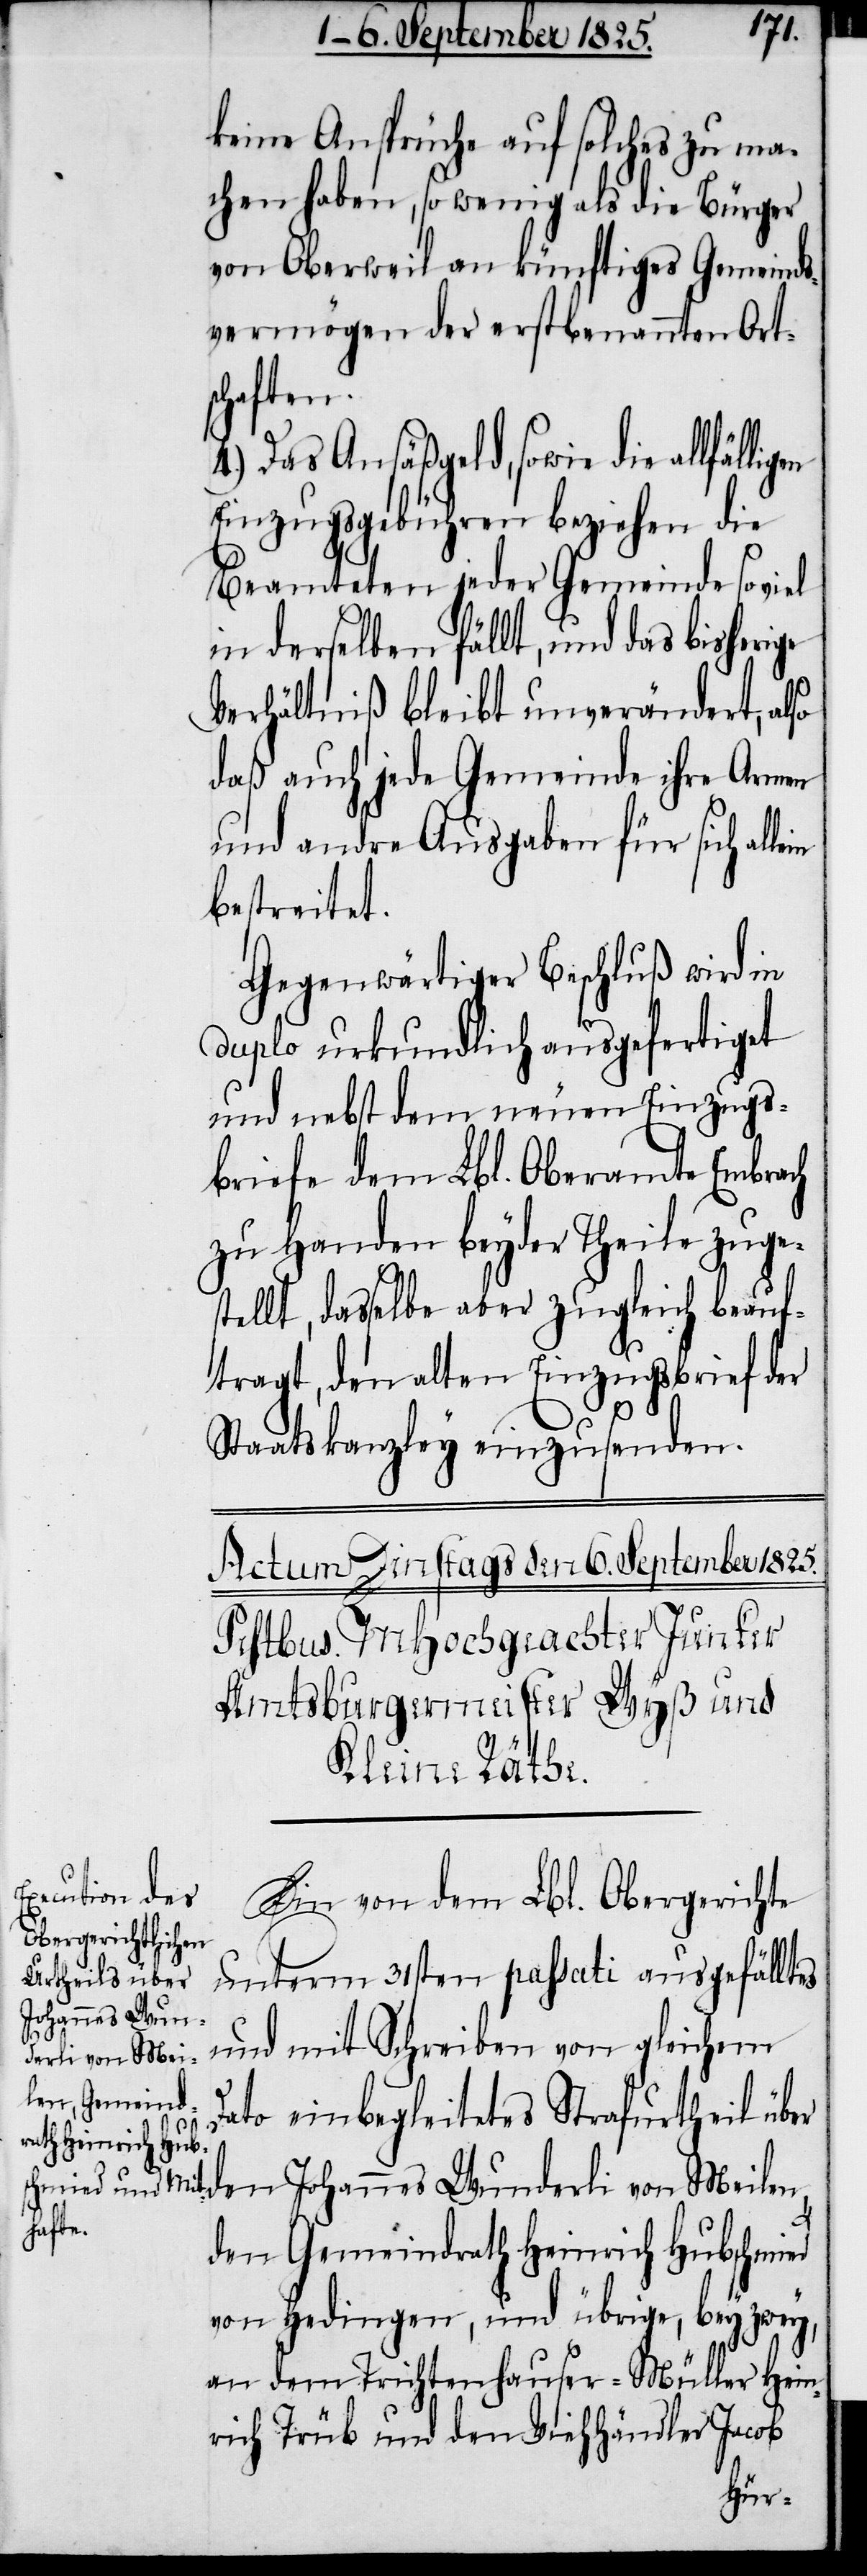
keine Ansprüche auf solches zu ma¬
chen haben, so wenig als die Bürger
von Oberweil an künftiges Gemeinds¬
vermögen der erstbenannten Ort¬
lligen
4.) Das Ansäßgeld, sowie die allfä¬
Einzugsgebühren beziehen die
Beamteten jeder Gemeinde so viel
in derselben fällt, und das bisherige
Verhältniß bleibt unverändert, also
daß auch jede Gemeinde ihre Armen
und andre Ausgaben für sich
bestreitet.
Gegenwärtiger Beschluß wird in
duplo urkundlich ausgefertiget
und nebst dem neuen Einzugs¬
briefe dem Lbl. Oberamte Embrach
zu Handen beyder Theile zuge¬
stellt, dasselbe aber zugleich beauf¬
tragt, den alten Einzugsbrief der
Staatskanzley einzusenden.
Ein von dem Lbl. Obergerichte
unterm 31sten passati ausgefälltes
und mit Schreiben von gleichem
Dato einbegleitetes Strafurtheil über
den Johannes Wunderli von Meilen,
den Gemeindrath Heinrich Hubschmied
von Hedingen, und übrige, bey zwey,
an dem Trichtenhauser-Müller Hein¬
rich Trüb und den Viehhändler Jacob